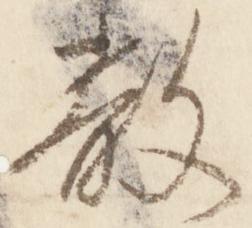
散